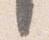
言